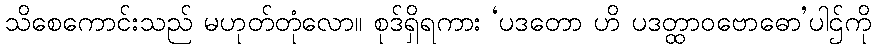
သိစေကောင်းသည် မဟုတ်တုံလော။ စုဒ်ရှိရကား ‘ပဒတော ဟိ ပဒတ္ထာဝဗောဓော’ပါဌ်ကို